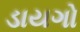
ડાયગો